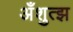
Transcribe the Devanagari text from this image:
अँशुत्झ